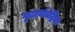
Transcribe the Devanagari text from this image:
गूढार्थचंद्रिका